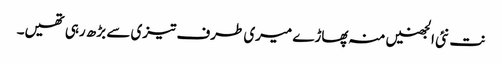
نت نئی الجھنیں منہ پھاڑے میری طرف تیزی سے بڑھ رہی تھیں۔